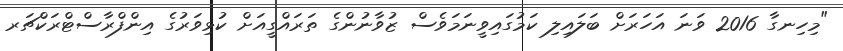
"މިހިނގާ 2016 ވަނަ އަހަރަށް ބަލައިލި ކަމުގައިވީނަމަވެސް ޒުވާނުންގެ ތަރައްގީއަށް ކުޅިވަރުގެ އިންފްރާސްޓްރަކްޗަރ